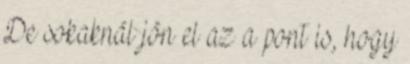
De sokaknál jön el az a pont is, hogy